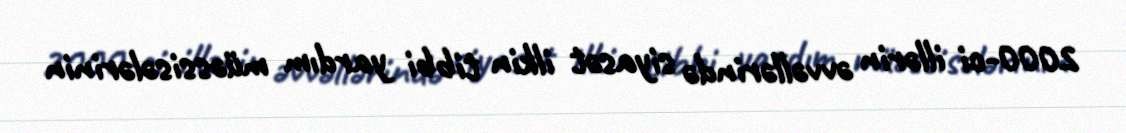
2000-ci illərin əvvəllərində siyasət ilkin tibbi yardım müəssisələrinin